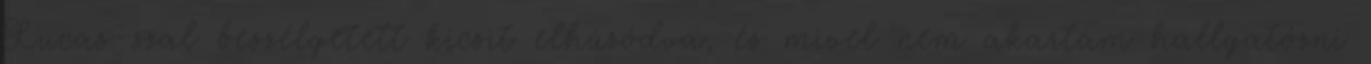
Lucas-szal beszélgetett kicsit elhúzódva, és mivel nem akartam hallgatózni